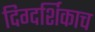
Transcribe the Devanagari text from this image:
दिग्दर्शिकाच